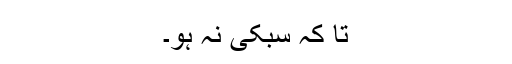
تا کہ سبکی نہ ہو۔